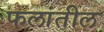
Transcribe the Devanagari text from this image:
फलांतील